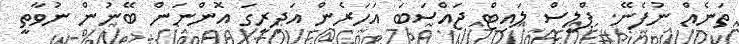
ތަނެއް ނުފެނޭ. ޕްލީސް ލައިޓް ޖައްސަބަ އަހަރެން އަދިރީގަ އޮންނަން ބޭނުން ނުވާތީ